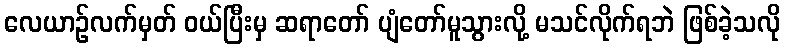
လေယာဉ်လက်မှတ် ဝယ်ပြီးမှ ဆရာတော် ပျံတော်မူသွားလို့ မသင်လိုက်ရဘဲ ဖြစ်ခဲ့သလို